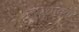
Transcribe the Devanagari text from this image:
लघुधावक